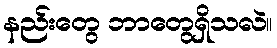
နည်းတွေ ဘာတွေရှိသလဲ။